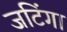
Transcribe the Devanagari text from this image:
जटिंगा